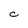
Character: C